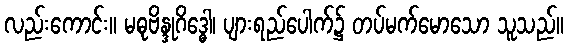
လည်းကောင်း။ မဓုဗိန္ဒုဂိဒ္ဓေါ၊ ပျားရည်ပေါက်၌ တပ်မက်မောသော သူသည်။